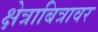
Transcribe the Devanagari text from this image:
क्षेत्राबित्रावर